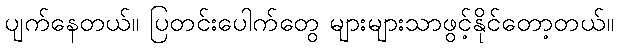
ပျက်နေတယ်။ ပြတင်းပေါက်တွေ များများသာဖွင့်နိုင်တော့တယ်။